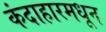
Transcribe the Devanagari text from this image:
कंदाहारमधून